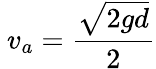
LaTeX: \ v_{a}={\frac{\sqrt{2gd}}{2}}